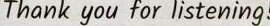
Thank you for listening!